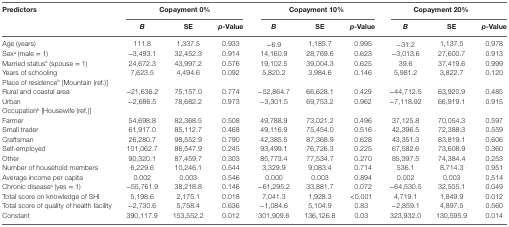
<table><thead><tr><td rowspan="2"><b>Predictors</b></td><td colspan="3"><b>Copayment 0%</b></td><td colspan="3"><b>Copayment 10%</b></td><td colspan="3"><b>Copayment 20%</b></td></tr><tr><td><b><i>B</i></b></td><td><b>SE</b></td><td><b><i>p-</i>Value</b></td><td><b><i>B</i></b></td><td><b>SE</b></td><td><b><i>p-</i>Value</b></td><td><b><i>B</i></b></td><td><b>SE</b></td><td><b><i>p-</i>Value</b></td></tr></thead><tbody><tr><td>Age (years)</td><td>111.8</td><td>1,337.5</td><td>0.933</td><td>−6.9</td><td>1,185.7</td><td>0.995</td><td>−31.2</td><td>1,137.5</td><td>0.978</td></tr><tr><td>Sex<sup>a</sup> (male = 1)</td><td>−3,493.1</td><td>32,452.3</td><td>0.914</td><td>14,160.9</td><td>28,769.6</td><td>0.623</td><td>−3,013.6</td><td>27,600.7</td><td>0.913</td></tr><tr><td>Married status<sup>a</sup> (spouse = 1)</td><td>24,672.3</td><td>43,997.2</td><td>0.576</td><td>19,102.5</td><td>39,004.3</td><td>0.625</td><td>39.6</td><td>37,419.6</td><td>0.999</td></tr><tr><td>Years of schooling</td><td>7,623.5</td><td>4,494.6</td><td>0.092</td><td>5,820.2</td><td>3,984.6</td><td>0.146</td><td>5,981.2</td><td>3,822.7</td><td>0.120</td></tr><tr><td>Place of residence<sup>b</sup> [Mountain (ref.)]</td><td></td><td></td><td></td><td></td><td></td><td></td><td></td><td></td><td></td></tr><tr><td>Rural and coastal area</td><td>−21,636.2</td><td>75,157.0</td><td>0.774</td><td>−52,864.7</td><td>66,628.1</td><td>0.429</td><td>−44,712.5</td><td>63,920.9</td><td>0.485</td></tr><tr><td>Urban</td><td>−2,686.5</td><td>78,682.2</td><td>0.973</td><td>−3,301.5</td><td>69,753.2</td><td>0.962</td><td>−7,118.92</td><td>66,919.1</td><td>0.915</td></tr><tr><td>Occupation<sup>b</sup> [Housewife (ref.)]</td><td></td><td></td><td></td><td></td><td></td><td></td><td></td><td></td><td></td></tr><tr><td>Farmer</td><td>54,698.8</td><td>82,368.5</td><td>0.508</td><td>49,788.9</td><td>73,021.2</td><td>0.496</td><td>37,125.8</td><td>70,054.3</td><td>0.597</td></tr><tr><td>Small trader</td><td>61,917.0</td><td>85,112.7</td><td>0.468</td><td>49,116.9</td><td>75,454.0</td><td>0.516</td><td>42,396.5</td><td>72,388.3</td><td>0.559</td></tr><tr><td>Craftsman</td><td>26,280.7</td><td>98,552.9</td><td>0.790</td><td>42,385.5</td><td>87,368.9</td><td>0.628</td><td>43,351.3</td><td>83,819.1</td><td>0.606</td></tr><tr><td>Self-employed</td><td>101,062.7</td><td>86,547.9</td><td>0.245</td><td>93,499.1</td><td>76,726.3</td><td>0.225</td><td>67,582.6</td><td>73,608.9</td><td>0.360</td></tr><tr><td>Other</td><td>90,320.1</td><td>87,459.7</td><td>0.303</td><td>85,773.4</td><td>77,534.7</td><td>0.270</td><td>85,397.5</td><td>74,384.4</td><td>0.253</td></tr><tr><td>Number of household members</td><td>6,229.6</td><td>10,246.1</td><td>0.544</td><td>3,329.9</td><td>9,083.4</td><td>0.714</td><td>536.1</td><td>8,714.3</td><td>0.951</td></tr><tr><td>Average income per capita</td><td>0.002</td><td>0.003</td><td>0.546</td><td>0.000</td><td>0.003</td><td>0.894</td><td>0.002</td><td>0.003</td><td>0.514</td></tr><tr><td>Chronic disease<sup>a</sup> (yes = 1)</td><td>−55,761.9</td><td>38,218.8</td><td>0.146</td><td>−61,295.2</td><td>33,881.7</td><td>0.072</td><td>−64,530.5</td><td>32,505.1</td><td>0.049</td></tr><tr><td>Total score on knowledge of SHI</td><td>5,198.6</td><td>2,175.1</td><td>0.018</td><td>7,041.3</td><td>1,928.3</td><td>&lt;0.001</td><td>4,719.1</td><td>1,849.9</td><td>0.012</td></tr><tr><td>Total score of quality of health facility</td><td>−2,730.6</td><td>5,758.4</td><td>0.636</td><td>−1,084.6</td><td>5,104.9</td><td>0.83</td><td>−2,859.1</td><td>4,897.5</td><td>0.560</td></tr><tr><td>Constant</td><td>390,117.9</td><td>153,552.2</td><td>0.012</td><td>301,909.6</td><td>136,126.8</td><td>0.03</td><td>323,932.0</td><td>130,595.9</td><td>0.014</td></tr></tbody></table>